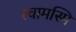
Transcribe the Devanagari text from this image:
त्वामस्मि